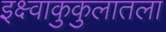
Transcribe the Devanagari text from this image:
इक्ष्वाकुकुलातला